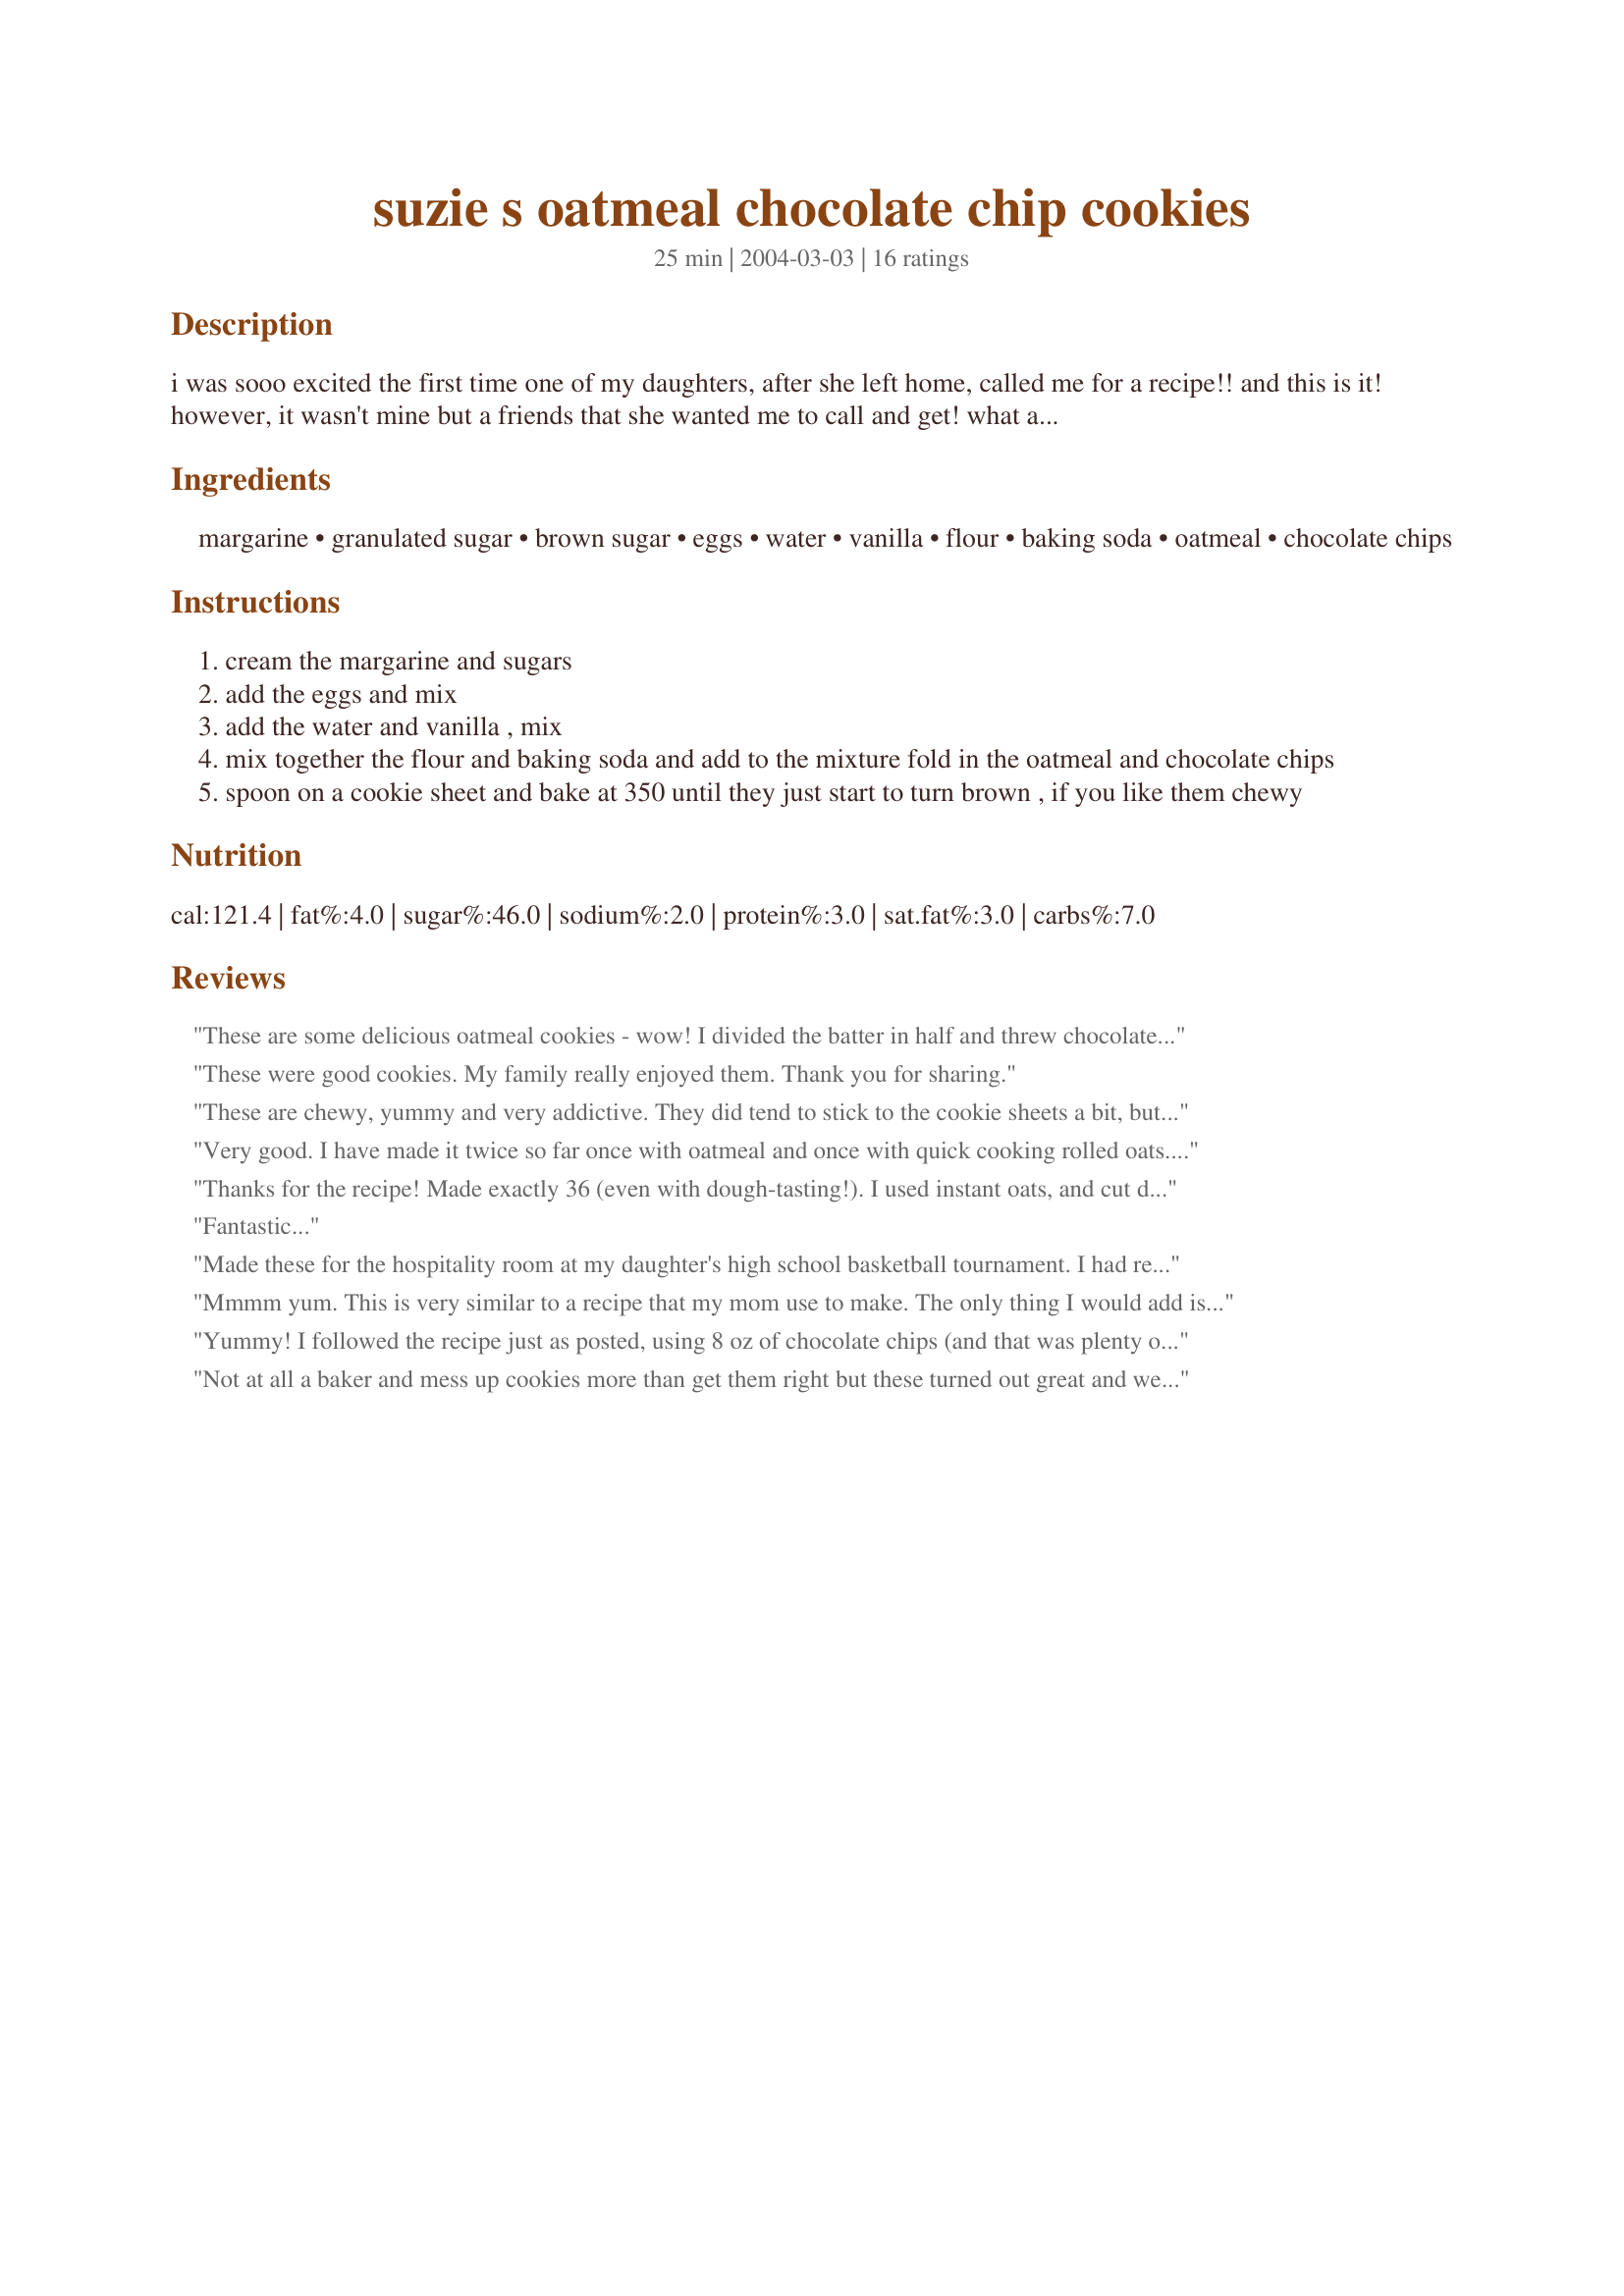
suzie s oatmeal chocolate chip cookies
Preparation time: 25 minutes

i was sooo excited the first time one of my daughters, after she left home, called me for a recipe!! and this is it! however, it wasn't mine but a friends that she wanted me to call and get! what a let down. anyway i gave it to her and now to you. enjoy!!

Ingredients:
margarine, granulated sugar, brown sugar, eggs, water, vanilla, flour, baking soda, oatmeal, chocolate chips

Steps:
cream the margarine and sugars
add the eggs and mix
add the water and vanilla , mix
mix together the flour and baking soda and add to the mixture fold in the oatmeal and chocolate chips
spoon on a cookie sheet and bake at 350 until they just start to turn brown , if you like them chewy

Reviews:
These are some delicious oatmeal cookies - wow! I divided the batter in half and threw chocolate chips in one bowl and raisins and choc chips into the other bowl . I don't know which way I like better - maybe I should sample some more of each and get back to you. Boy are they good. Thx for sharing! Update Feb 2009: This recipe has become a favourite at our house. Since I made them again today, I decided to send a photo. Yummy!
These were good cookies. My family really enjoyed them. Thank you for sharing.
These are chewy, yummy and very addictive. They did tend to stick to the cookie sheets a bit, but they turned out just as I had hoped. DELISH!
Very good. I have made it twice so far once with oatmeal and once with quick cooking rolled oats. Both turned out fantastic. I used half wheat flour and half all purpose the first time and only whole the next time. I preferred the second round but I am partial to the taste of wheat flour. Thank you the this keeper. :) Fay
Thanks for the recipe! Made exactly 36 (even with dough-tasting!). I used instant oats, and cut down on the sugar about a third of a cup and they turned out really well!
Fantastic...
Made these for the hospitality room at my daughter's high school basketball tournament. I had requests for the recipe after the first two women tasted the cookies. I don't care for quick cooking oatmeal when making cookies but it was all I had on hand, and it worked great. The one comment made was this was a nice change from the traditional chocolate chip cookie. Thanks for posting!
Mmmm yum. This is very similar to a recipe that my mom use to make. The only thing I would add is a teaspoon of salt.

Thanks for posting :)
Yummy! I followed the recipe just as posted, using 8 oz of chocolate chips (and that was plenty of chips per cookie). I got 30 cookies, and for me the baking time was 10-11 minutes (golden but still chewy). There is one awful thing about this recipe . . . the dough is so good it was hard to stop myself eating it before baking the cookies :( So maybe I should really have gotten 32 cookies ? Thanks for posting Trisha!
Not at all a baker and mess up cookies more than get them right but these turned out great and were so easy too! Not to mention that they were not the gooey mess cookies usually are. Thanks Trisha!
Very very good. Wish I had read the comments about cutting back on the sugar before baking them,oh well, next time. My kids really liked them. Thank You for the great recipe.
Trisha W, my brother was craving for oatmeal chocolate chip cookies. In my search, I came across your recipe. It was simple to make, and since my brother wanted a chewier cookie, I baked it at 300F for 8 minutes, and lowered the temperature for 250F and baked it for 8 more minutes. Decreasing the temperature while baking it longer resulted in a chewier cookie full of flavor. I also increased the vanilla extract to 1 and 1/2 teaspoons. My 5-year-old also enjoyed it; thank you for sharing.
I used dark chocolate chips (instead of regular) and added dried cranberries. They were amazing. I had a little trouble judging if they were done or not b/c I forgot oatmeal cookies don't brown as much as other kinds. They were great just the same though! Will definitely make again. Thanks for the great recipe!
For whatever reason, the cookies in the pics are more ball like. Mine turned out a lil flat like snickerdoodles. And followed the recipe to the T. Cookies were fine. I agree with a couple of other raters, I would reduce sugar and add some salt to it.
Fantastic cookies! I got seven dozen cookies though. I must make mine smaller than yours!Son and I loved them, and they were a great gift to an injured friend. Thanks for posting.
Fabulous cookie! I liked the combo of ingredients for your recipe so I tried it out. Glad I did as it will be a favorite in our family now. It's crispy on the outside, chewy on the inside, just perfect. I used about 3/4 a bag of chocolate chips and reduced the white sugar by half (I like a less sweet cookie). Thanks for posting your friend's recipe. Pam
